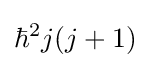
\hbar ^{2}j(j+1)